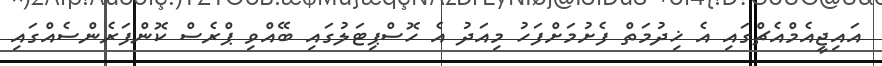
އައިޖީއެމްއެޗްގައި އެ ޚިދުމަތް ފެށުމަށްފަހު މިއަދު އެ ހޮސްޕިޓަލުގައި ބޭއްވި ޕްރެސް ކޮންފަރެންސެއްގައި